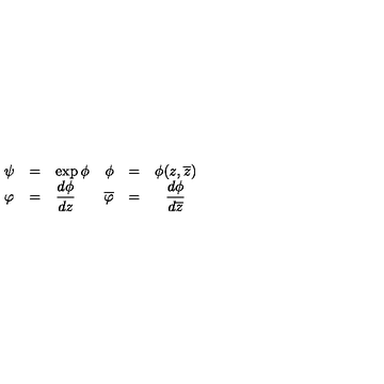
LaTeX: \begin{array} { l l l } { \psi } & { = } & { \exp { \phi } } \\ { \varphi } & { = } & { { \displaystyle \frac { d \phi } { d z } } } \\ \end{array} \begin{array} { r r c } { \phi } & { = } & { \phi ( z , \overline { { z } } ) } \\ { \overline { { \varphi } } } & { = } & { { \displaystyle \frac { d { \phi } } { d \overline { { z } } } } } \\ \end{array}